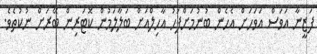
ފަޒީނާ އަވަސް އަވަހަށް އެހެން ބުނުމަށްފަހު އާހިލްއަށް ބަލާލަމުން ކޮޓަރިން ބޭރަށް ނުކުތެވެ.